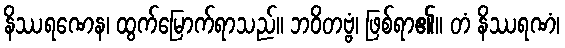
နိဿရဏေန၊ ထွက်မြောက်ရာသည်။ ဘဝိတဗ္ဗံ၊ ဖြစ်ရာ၏။ တံ နိဿရဏံ၊